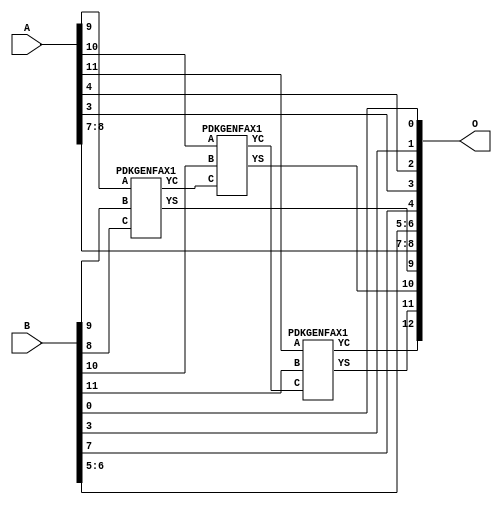
/***
* This code is a part of EvoApproxLib library (ehw.fit.vutbr.cz/approxlib) distributed under The MIT License.
* When used, please cite the following article(s): V. Mrazek, Z. Vasicek and R. Hrbacek, "Role of circuit representation in evolutionary design of energy-efficient approximate circuits" in IET Computers & Digital Techniques, vol. 12, no. 4, pp. 139-149, 7 2018. doi: 10.1049/iet-cdt.2017.0188 
* This file contains a circuit from a sub-set of pareto optimal circuits with respect to the pwr and mse parameters
***/
// MAE% = 1.56 %
// MAE = 128 
// WCE% = 3.12 %
// WCE = 256 
// WCRE% = 100.00 %
// EP% = 99.98 %
// MRE% = 4.26 %
// MSE = 20920 
// PDK45_PWR = 0.012 mW
// PDK45_AREA = 26.8 um2
// PDK45_DELAY = 0.27 ns

module add12u_2L7(A, B, O);
  input [11:0] A, B;
  output [12:0] O;
  wire n_356, n_414, n_36, n_42, n_37, n_23, n_22, n_21, n_20, n_27;
  wire n_26, n_25, n_24, n_29, n_28, n_348, n_381, n_380, n_349, n_39;
  wire n_38, n_415, n_8, n_9, n_4, n_5, n_6, n_7, n_0, n_1;
  wire n_2, n_3, n_30, n_31, n_32, n_33, n_34, n_35, n_18, n_19;
  wire n_16, n_17, n_14, n_15, n_12, n_13, n_10, n_11, n_45, n_44;
  wire n_43, n_47, n_46, n_41, n_40;
  assign n_0 = A[0];
  assign n_1 = A[0];
  assign n_2 = A[1];
  assign n_3 = A[1];
  assign n_4 = A[2];
  assign n_5 = A[2];
  assign n_6 = A[3];
  assign n_7 = A[3];
  assign n_8 = A[4];
  assign n_9 = A[4];
  assign n_10 = A[5];
  assign n_11 = A[5];
  assign n_12 = A[6];
  assign n_13 = A[6];
  assign n_14 = A[7];
  assign n_15 = A[7];
  assign n_16 = A[8];
  assign n_17 = A[8];
  assign n_18 = A[9];
  assign n_19 = A[9];
  assign n_20 = A[10];
  assign n_21 = A[10];
  assign n_22 = A[11];
  assign n_23 = A[11];
  assign n_24 = B[0];
  assign n_25 = B[0];
  assign n_26 = B[1];
  assign n_27 = B[1];
  assign n_28 = B[2];
  assign n_29 = B[2];
  assign n_30 = B[3];
  assign n_31 = B[3];
  assign n_32 = B[4];
  assign n_33 = B[4];
  assign n_34 = B[5];
  assign n_35 = B[5];
  assign n_36 = B[6];
  assign n_37 = B[6];
  assign n_38 = B[7];
  assign n_39 = B[7];
  assign n_40 = B[8];
  assign n_41 = B[8];
  assign n_42 = B[9];
  assign n_43 = B[9];
  assign n_44 = B[10];
  assign n_45 = B[10];
  assign n_46 = B[11];
  assign n_47 = B[11];
  PDKGENFAX1 tmp59(.YS(n_348), .YC(n_349), .A(n_18), .B(n_42), .C(n_40));
  assign n_356 = n_349;
  PDKGENFAX1 tmp61(.YS(n_380), .YC(n_381), .A(n_20), .B(n_44), .C(n_356));
  PDKGENFAX1 tmp62(.YS(n_414), .YC(n_415), .A(n_22), .B(n_46), .C(n_381));
  assign O[0] = n_24;
  assign O[1] = n_30;
  assign O[2] = n_8;
  assign O[3] = n_6;
  assign O[4] = n_38;
  assign O[5] = n_34;
  assign O[6] = n_36;
  assign O[7] = n_14;
  assign O[8] = n_16;
  assign O[9] = n_348;
  assign O[10] = n_380;
  assign O[11] = n_414;
  assign O[12] = n_415;
endmodule

/* mod */
module PDKGENFAX1( input A, input B, input C, output YS, output YC );
    assign YS = (A ^ B) ^ C;
    assign YC = (A & B) | (B & C) | (A & C);
endmodule